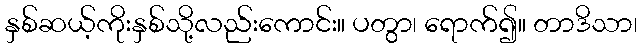
နှစ်ဆယ့်ကိုးနှစ်သို့လည်းကောင်း။ ပတွာ၊ ရောက်၍။ တာဒိသာ၊